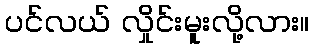
ပင်လယ် လှိုင်းမူးလို့လား။